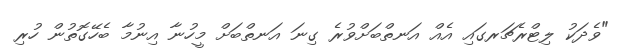
"ވެދަކު ލިޓްރެޗަރގައި އެއް އަނތްބަށްވުރެ ގިނަ އަނތްބަށް މީހުނާ އިނުމާ ބެހޭގޮތުން ހުރި